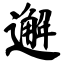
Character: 邂